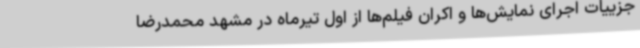
جزییات اجرای نمایش‌ها و اکران فیلم‌ها از اول تیرماه در مشهد محمدرضا